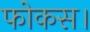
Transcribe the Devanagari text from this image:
फोकस।